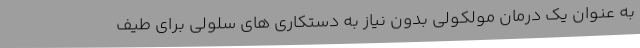
به عنوان یک درمان مولکولی بدون نیاز به دستکاری های سلولی برای طیف